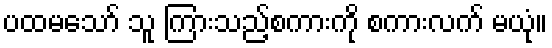
ပထမသော် သူ ကြားသည့်စကားကို စကားလက် မယုံ။